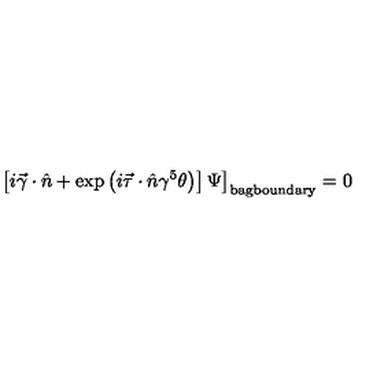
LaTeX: \left. \left[ i \vec { \gamma } \cdot \hat { n } + \mathrm { e x p } \left( i \vec { \tau } \cdot \hat { n } \gamma ^ { 5 } \theta \right) \right] \Psi \right] _ { \mathrm { b a g b o u n d a r y } } = 0